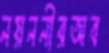
নয়ননীরঅব